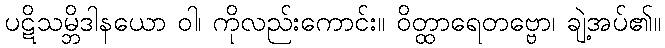
ပဋိသမ္ဘိဒါနယော ဝါ၊ ကိုလည်းကောင်း။ ဝိတ္ထာရေတဗ္ဗော၊ ချဲ့အပ်၏။